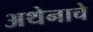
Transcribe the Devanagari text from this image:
अथेनाचे